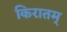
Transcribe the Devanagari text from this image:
किरातम्